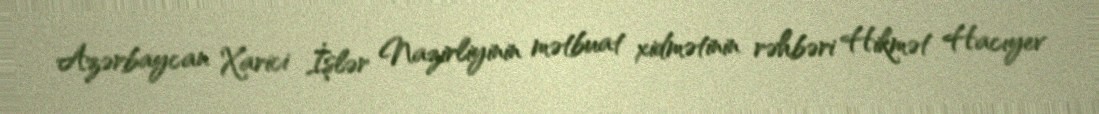
Azərbaycan Xarici İşlər Nazirliyinin mətbuat xidmətinin rəhbəri Hikmət Hacıyev